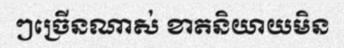
ៗច្រើនណាស់ ខាតនិយាយមិន